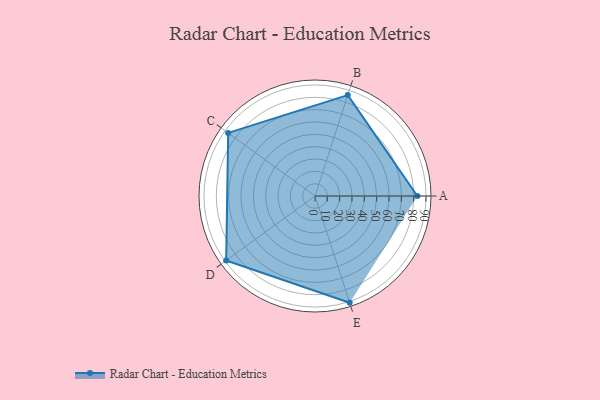
{"axis": {"x": "Skill", "y": "Score"}, "legend": ["Profile"], "data": [{"x": "A", "y": 83.0, "type": "Profile"}, {"x": "B", "y": 86.0, "type": "Profile"}, {"x": "C", "y": 87.0, "type": "Profile"}, {"x": "D", "y": 89.0, "type": "Profile"}, {"x": "E", "y": 91.0, "type": "Profile"}]}